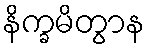
နိက္ခမိတွာန